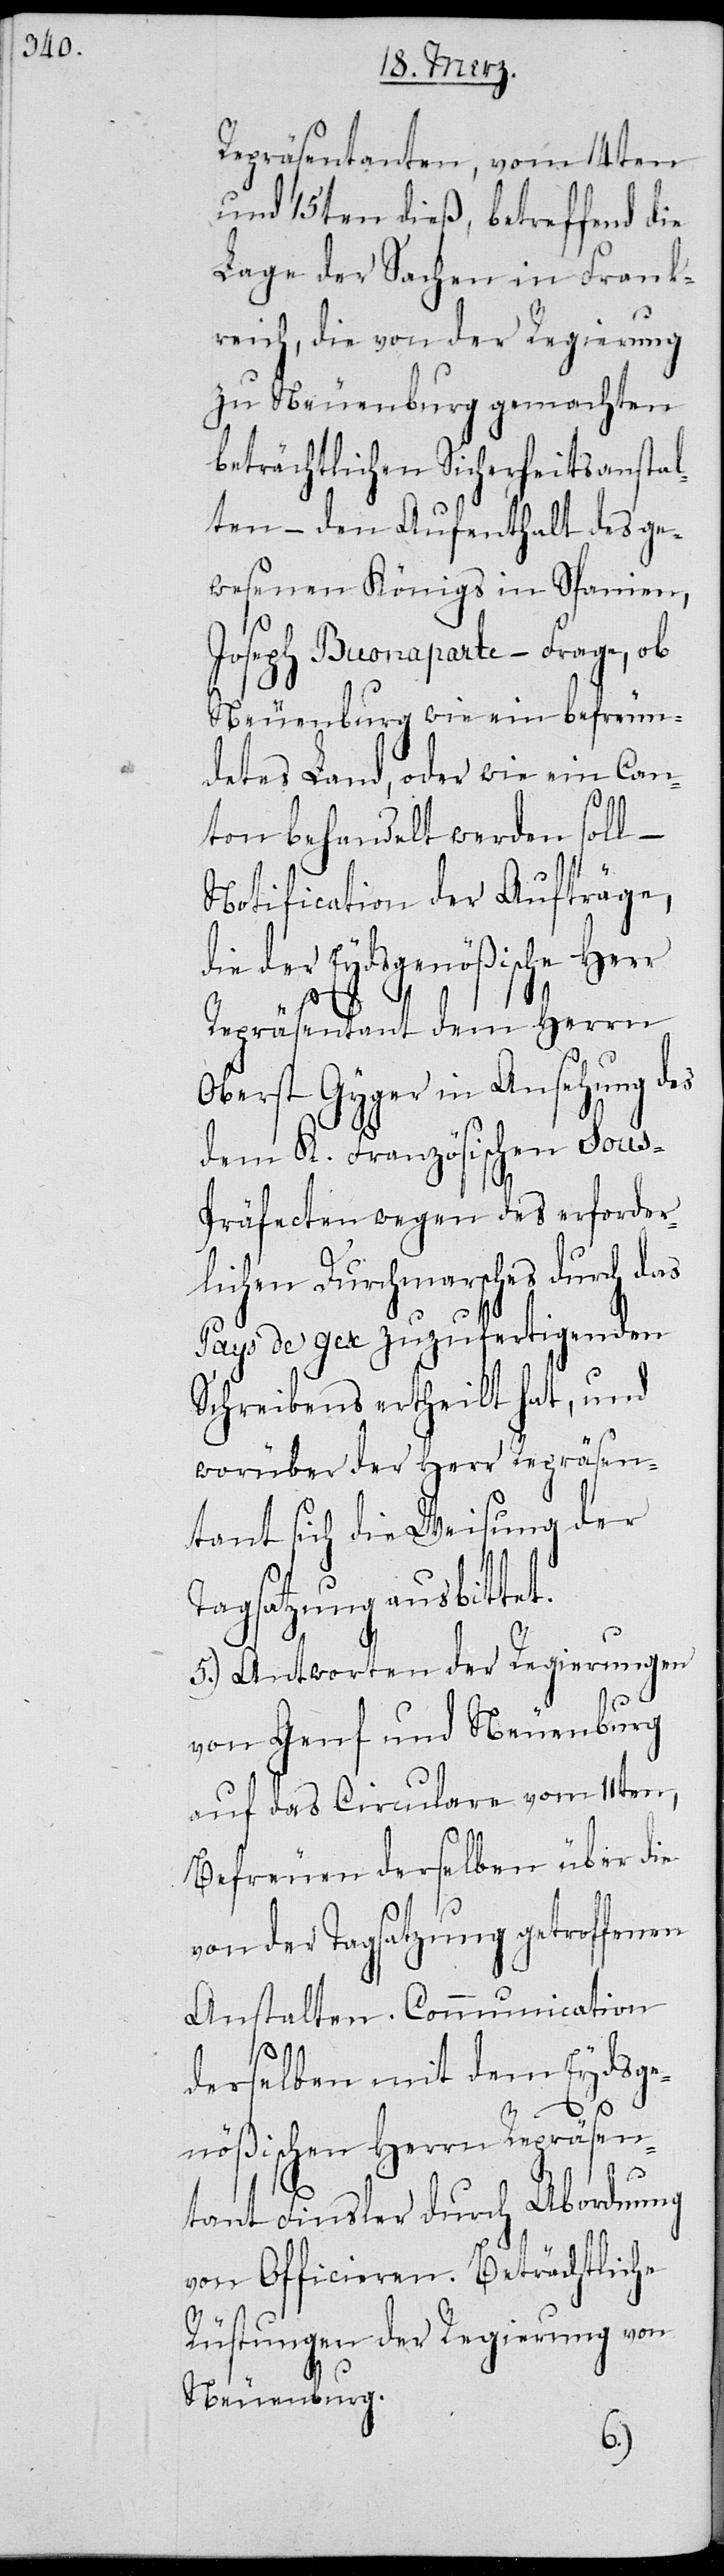
Repräsentanten, vom 14ten
und 15ten dieß, betreffend die
Lage der Sachen in Frank¬
reich, die von der Regierung
zu Neuenburg gemachten
beträchtlichen Sicherheitsanstal¬
ten – den Aufenthalt des ge¬
wesenen Königs in Spanien,
Joseph Buonaparte – Frage, ob
Neuenburg wie ein befreun¬
detes Land, oder wie ein Can¬
ton behandelt werden soll
Notification der Aufträge,
die der Eydsgenößische Herr
Repräsentant dem Herrn
Oberst Gyger in Ansehung des
dem K. Französischen Sous-P¬
räfecten wegen des erforder¬
rch das
lichen Durchmarsches
Pays de Gex zuzufertigenden
Schreibens ertheilt hat, und
sen¬
worüber der Herr Re¬
tant sich die Weisung der
Tagsatzung ausbittet.
5.) Antworten der Regierungen
von Genf und Neuenburg
auf das Circulare vom 11ten,
Befreuen derselben über die
von der Tagsatzung getroffenen
Anstalten. Communication
derselben mit dem Eydsge¬
nößischen Herrn Repräsen¬
prä¬
tant Finsler durch Abordnung
von Officieren. Beträchtliche
Rüstungen der Regierung von
Neuenburg.